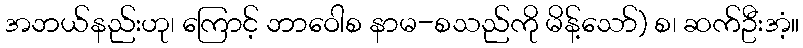
အဘယ်နည်းဟု၊ ကြောင့် ဘာဝေါစ နာမ-စသည်ကို မိန့်သော်) စ၊ ဆက်ဦးအံ့။